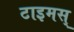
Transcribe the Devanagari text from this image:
टाइमस्